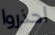
احذروا